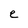
Character: e